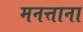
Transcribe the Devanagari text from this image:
मनत्ताना